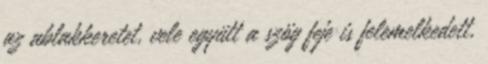
az ablakkeretet, vele együtt a szög feje is felemelkedett,